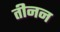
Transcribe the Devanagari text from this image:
तीनन